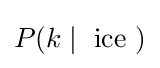
P(k\mid {\text{ ice }})